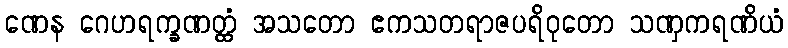
ဏေန ဂေဟရက္ခဏတ္ထံ အသတော ဧကသတရာဇပရိဝုတော သဏှကရဏိယံ